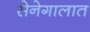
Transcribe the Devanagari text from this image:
सेनेगालात